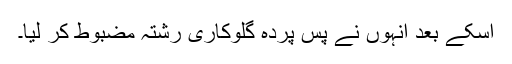
اُسکے بعد اُنہوں نے پس پردہ گلوکاری رشتہ مضبوط کر لِیا۔